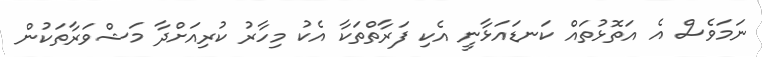
ނަމަވެސް އެ އަތޮޅުތައް ކަނޑައަޅާނީ އެކި ފަރާތްތަކާ އެކު މިހާރު ކުރިއަށްދާ މަޝްވަރާތަކުން